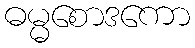
ဓမ္မစောဒကော